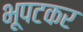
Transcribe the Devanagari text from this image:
भूपटकर